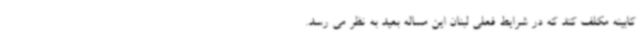
کابینه مکلف کند که در شرایط فعلی لبنان این مساله بعید به نظر می رسد.